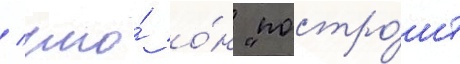
/ что́ о́н "постро́ит